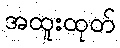
အထူးထုတ်